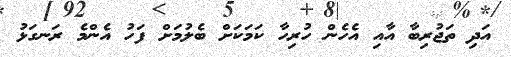
އަދި ތަޖުރިބާ އާއި އެހެން ހުރިހާ ކަމަކަށް ބެލުމަށް ފަހު އެންމެ ރަނގަޅު